Tezpur Lunatic Asylum reports 1895-1904 - 1895-1904
Year: 1895
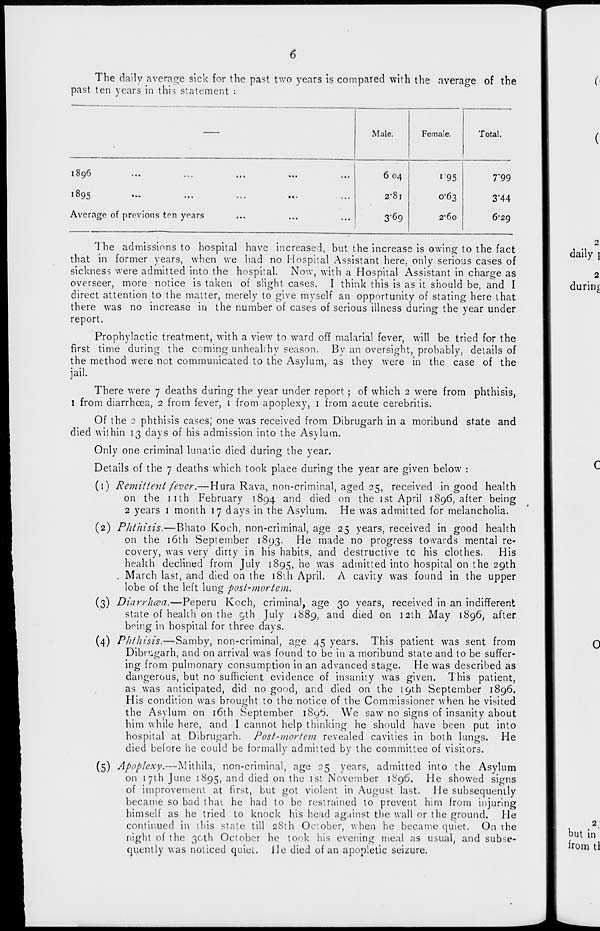
6
The daily average sick for the past two years is compared with the average of the
past ten years in this statement :
Male.
Female.
Total.
1896
1895
Average of previous ten years
6 04
2"8l
3-69
1 95
0-63
2*60
7'99
3 - 44
6*29
The admissions to hospital have increased, but the increase is owing to the fact
that in former years, when we had no Hospital Assistant here, only serious cases of
sickness were admitted into the hospital. Now, with a Hospital Assistant in charge as
overseer, more notice is taken of slight cases. I think this is as it should be, and I
direct attention to the matter, merely to give myself an opportunity of stating here that
there was no increase in the number of cases of serious illness during the year under
report.
Prophylactic treatment, with a view to ward off malarial fever, will be tried for the
first time during the coming unhealthy season. By an oversight, probably, details of
the method were not communicated to the Asylum, as they were in the case of the
jail.
There were 7 deaths during the year under report; of which 2 were from phthisis,
1 from diarrhoea, 2 from fever, 1 from apoplexy, 1 from acute cerebritis.
Of the 2 phthisis cases; one was received from Dibrugarh in a moribund state and
died within 13 days of his admission into the Asylum.
Only one criminal lunatic died during the year.
Details of the 7 deaths which took place during the year are given below :
(1) Remittent fever.—Hura Rava, non-criminal, aged 25, received in good health
on the nth February 1894 and died on the 1st April 1896, after being
2 years 1 month 17 days in the Asylum. He was admitted for melancholia.
(2) Phthisis.—Bhato Koch, non-criminal, age 25 years, received in good health
on the 16th September 1893. He made no progress towards mental re-
covery, was very dirty in his habits, and destructive to his clothes.
His
health declined from July 1895, he was admitted into hospital on the 29th
. March last, and died on the 181I1 April. A cavity was found in the upper
lobe of the left lung post-mortem.
(3) Diarrhcua.—Peperu Koch, criminal, age 30 years, received in an indifferent
state of health on the 9th July 1889, and died on 12th May 1896, after
being in hospital for three days.
(4) Phthisis.—Samby, non-criminal, age 45 years. This patient was sent from
Dibn:garh, and on arrival was found to be in a moribund state and to be suffer-
ing from pulmonary consumption in an advanced stage. He was described as
dangerous, but no sufficient evidence of insanity was given. This patient,
as was anticipated, did no good, ar.d died on the 19th September 1896.
His condition was brought to the notice of the Commissioner when he visited
the Asylum on 16th September 189^. We saw no signs of insanity about
him while here, and I cannot help thinking he should have been put into
hospital at Dibrugarh. Post-mortem revealed cavities in both lungs. He
died before he could be formally admitted by the committee of visitors.
(5) Apoplexy.—Mithila, non-criminal, age 25 years, admitted into the Asylum
on 17th June 1895, and died on the 1st November 1896. He showed signs
of improvement at first, but got violent in August last. He subsequently
became so bad that he had to be restrained to prevent him from injuring
himself as he tried to knock his head against the wall or the ground. He
continued in ihis state till 28th October, when he became quiet. On the
night of the 30th October he took his evening meal as usual, and subse-
quently was noticed quiei. He died of an apopletic seizure.